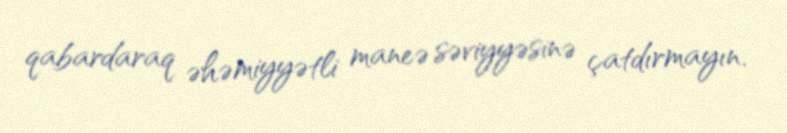
qabardaraq əhəmiyyətli maneə səviyyəsinə çatdırmayın.